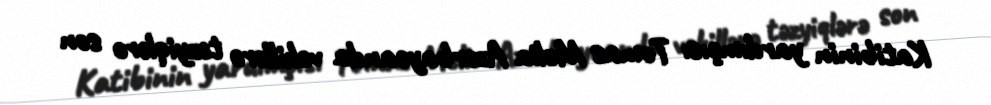
Katibinin yardımçısı Tomas Melia Azərbaycanda vəkillərə təzyiqlərə son